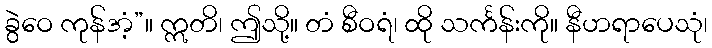
ခွဲဝေ ကုန်အံ့”။ ဣတိ၊ ဤသို့။ တံ စီဝရံ၊ ထို သင်္ကန်းကို။ နီဟရာပေသုံ၊